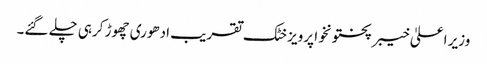
وزیر اعلیٰ خیبر پختونخوا پرویز خٹک تقریب ادھوری چھوڑ کرہی چلے گئے۔